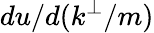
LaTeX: du/d(k^{\perp}/m)